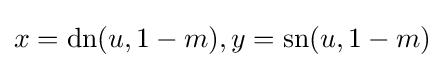
x=\operatorname {dn} (u,1-m),y=\operatorname {sn} (u,1-m)